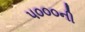
૫૦૦૦ની